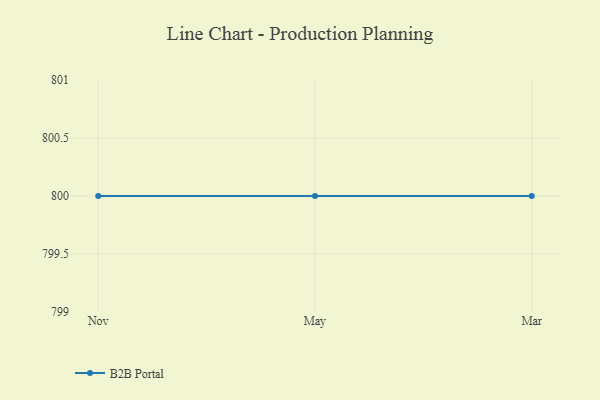
{"axis": {"x": "Month", "y": "LTV (USD)"}, "legend": ["B2B Portal"], "data": [{"x": "Nov", "y": 800, "type": "B2B Portal"}, {"x": "May", "y": 800, "type": "B2B Portal"}, {"x": "Mar", "y": 800, "type": "B2B Portal"}]}